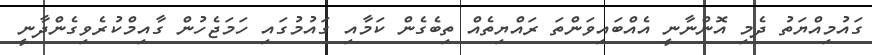
ގައުމިއްޔަތު ދެމި އޮންނާނީ އެއްބައިވަންތަ ރައްޔިތެއް ތިބެގެން ކަމާއި ގައުމުގައި ހަމަޖެހުން ގާއިމްކުރެވިގެންދާނީ